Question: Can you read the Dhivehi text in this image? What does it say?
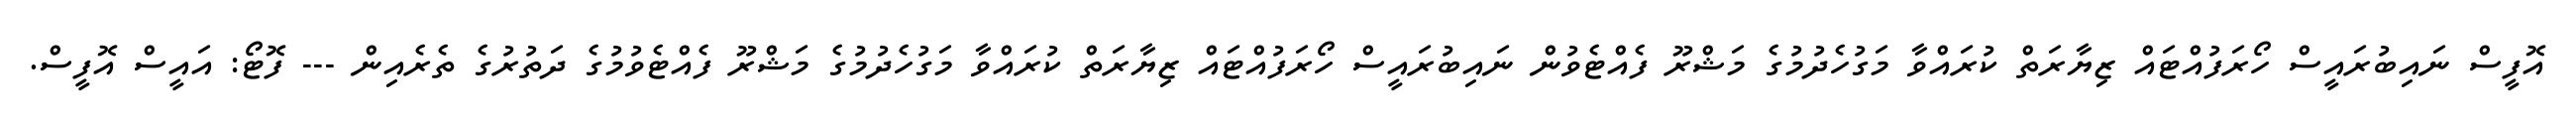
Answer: އޮފީސް ނައިބުރައީސް ހޯރަފުއްޓައް ޒިޔާރަތް ކުރައްވާ މަގުހެދުމުގެ މަޝްރޫ ފެއްޓެވުން ނައިބުރައީސް ހޯރަފުއްޓައް ޒިޔާރަތް ކުރައްވާ މަގުހެދުމުގެ މަޝްރޫ ފެއްޓެވުމުގެ ދަތުރުގެ ތެރެއިން --- ފޮޓޯ: އައީސް އޮފީސް.